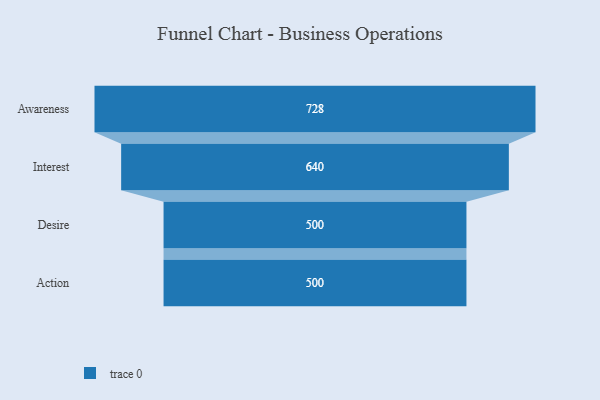
{"axis": {"x": "Stage", "y": "Value"}, "legend": [""], "data": [{"x": "Awareness", "y": 728.0, "type": ""}, {"x": "Interest", "y": 640.0, "type": ""}, {"x": "Desire", "y": 500, "type": ""}, {"x": "Action", "y": 500, "type": ""}]}